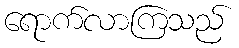
ရောက်လာကြသည်